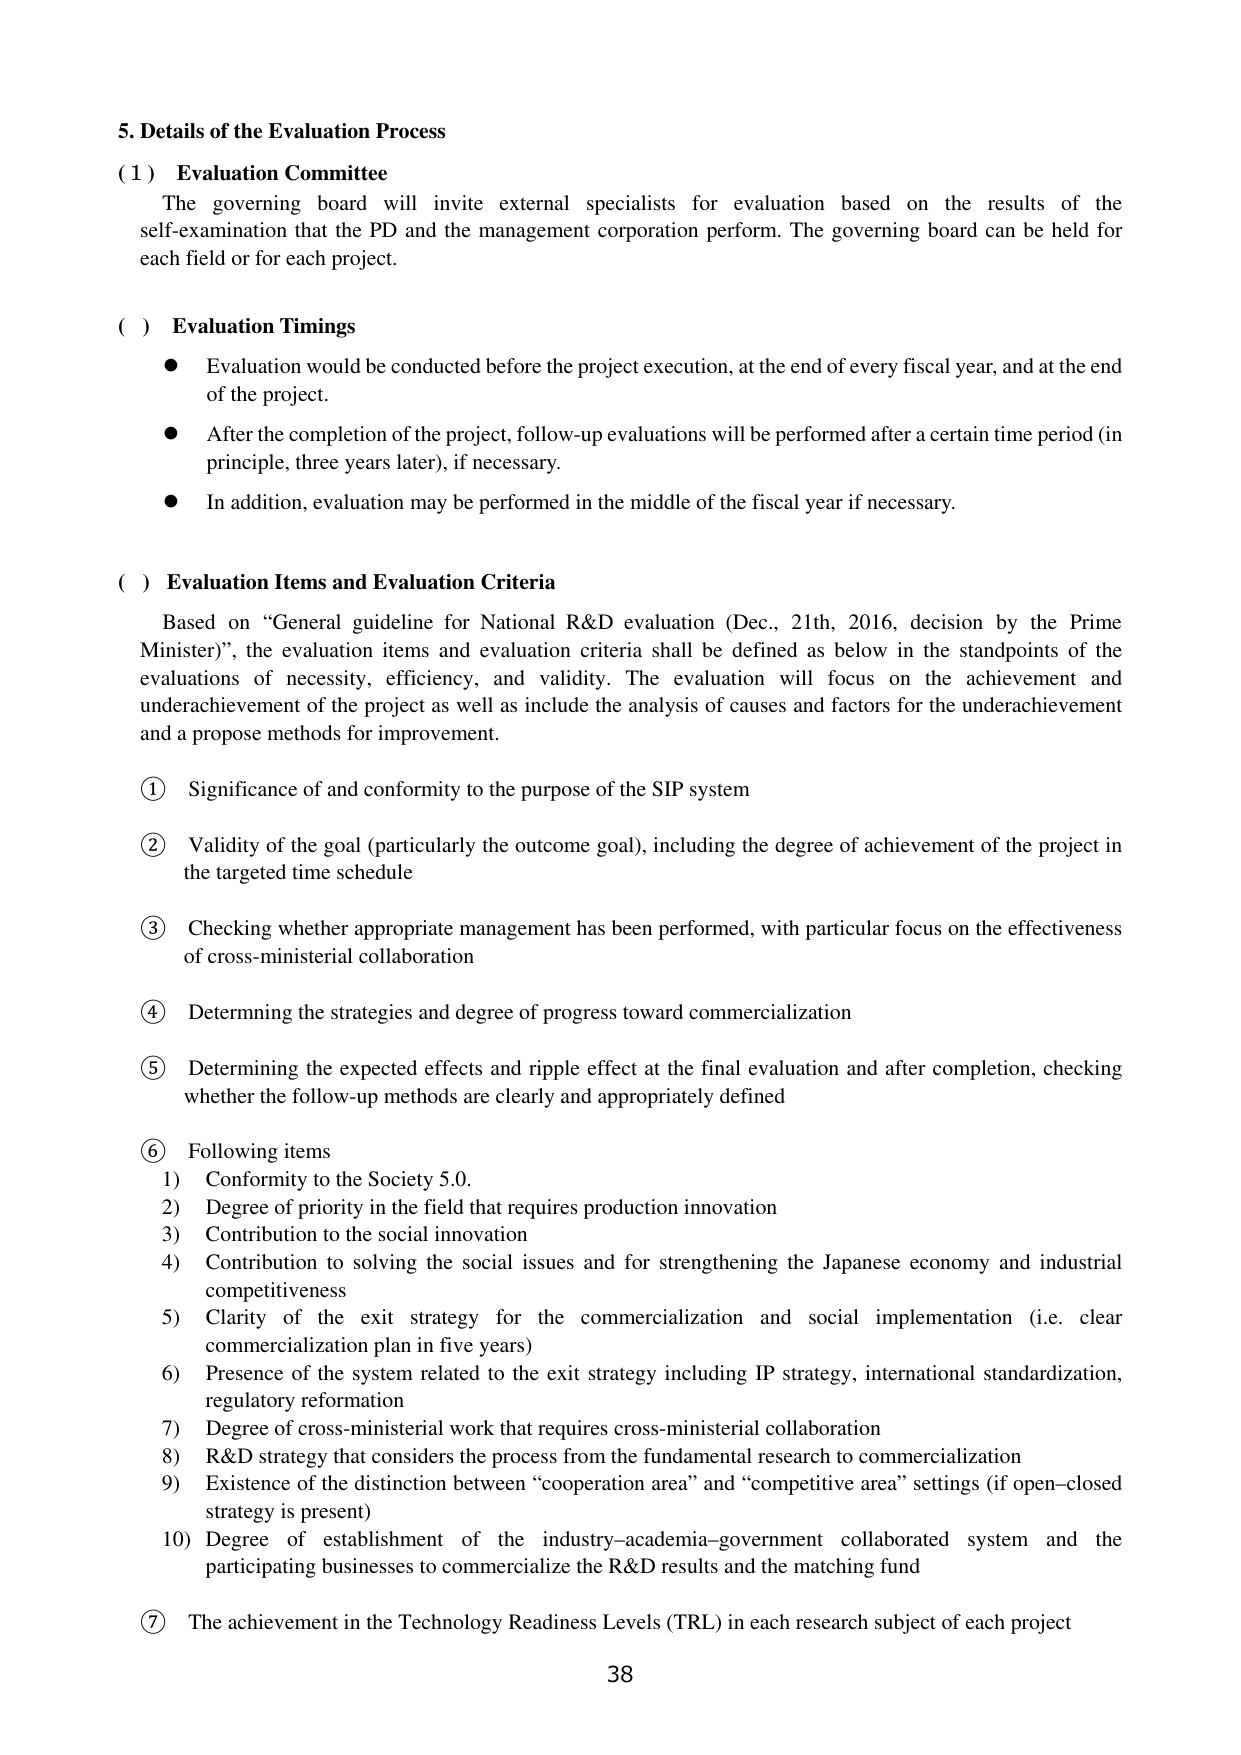
5. Details of the Evaluation Process

(1) Evaluation Committee
The governing board will invite external specialists for evaluation based on the results of the self-examination that the PD and the management corporation perform. The governing board can be held for each field or for each project.

( ) Evaluation Timings
● Evaluation would be conducted before the project execution, at the end of every fiscal year, and at the end of the project.
● After the completion of the project, follow-up evaluations will be performed after a certain time period (in principle, three years later), if necessary.
● In addition, evaluation may be performed in the middle of the fiscal year if necessary.

( ) Evaluation Items and Evaluation Criteria
Based on “General guideline for National R&D evaluation (Dec., 21th, 2016, decision by the Prime Minister)”, the evaluation items and evaluation criteria shall be defined as below in the standpoints of the evaluations of necessity, efficiency, and validity. The evaluation will focus on the achievement and underachievement of the project as well as include the analysis of causes and factors for the underachievement and a propose methods for improvement.

① Significance of and conformity to the purpose of the SIP system
② Validity of the goal (particularly the outcome goal), including the degree of achievement of the project in the targeted time schedule
③ Checking whether appropriate management has been performed, with particular focus on the effectiveness of cross-ministerial collaboration
④ Determining the strategies and degree of progress toward commercialization
⑤ Determining the expected effects and ripple effect at the final evaluation and after completion, checking whether the follow-up methods are clearly and appropriately defined
⑥ Following items
1) Conformity to the Society 5.0.
2) Degree of priority in the field that requires production innovation
3) Contribution to the social innovation
4) Contribution to solving the social issues and for strengthening the Japanese economy and industrial competitiveness
5) Clarity of the exit strategy for the commercialization and social implementation (i.e. clear commercialization plan in five years)
6) Presence of the system related to the exit strategy including IP strategy, international standardization, regulatory reformation
7) Degree of cross-ministerial work that requires cross-ministerial collaboration
8) R&D strategy that considers the process from the fundamental research to commercialization
9) Existence of the distinction between “cooperation area” and “competitive area” settings (if open–closed strategy is present)
10) Degree of establishment of the industry–academia–government collaborated system and the participating businesses to commercialize the R&D results and the matching fund
⑦ The achievement in the Technology Readiness Levels (TRL) in each research subject of each project

38